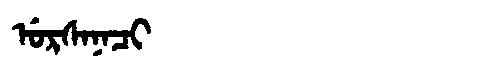
Manchu: ᡠᡵᠰᠠᠨᠠᠴᡳ
Romanization: URSANACI